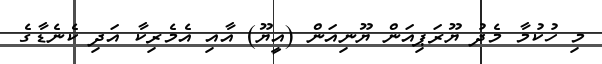
މި ހުކުމާ މެދު ޔޫރަޕިއަން ޔޫނިއަން (އީޔޫ) އާއި އެމެރިކާ އަދި ކެނެޑާގެ